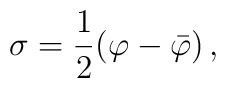
\sigma = {1\over 2} (\varphi - \bar\varphi)\,,